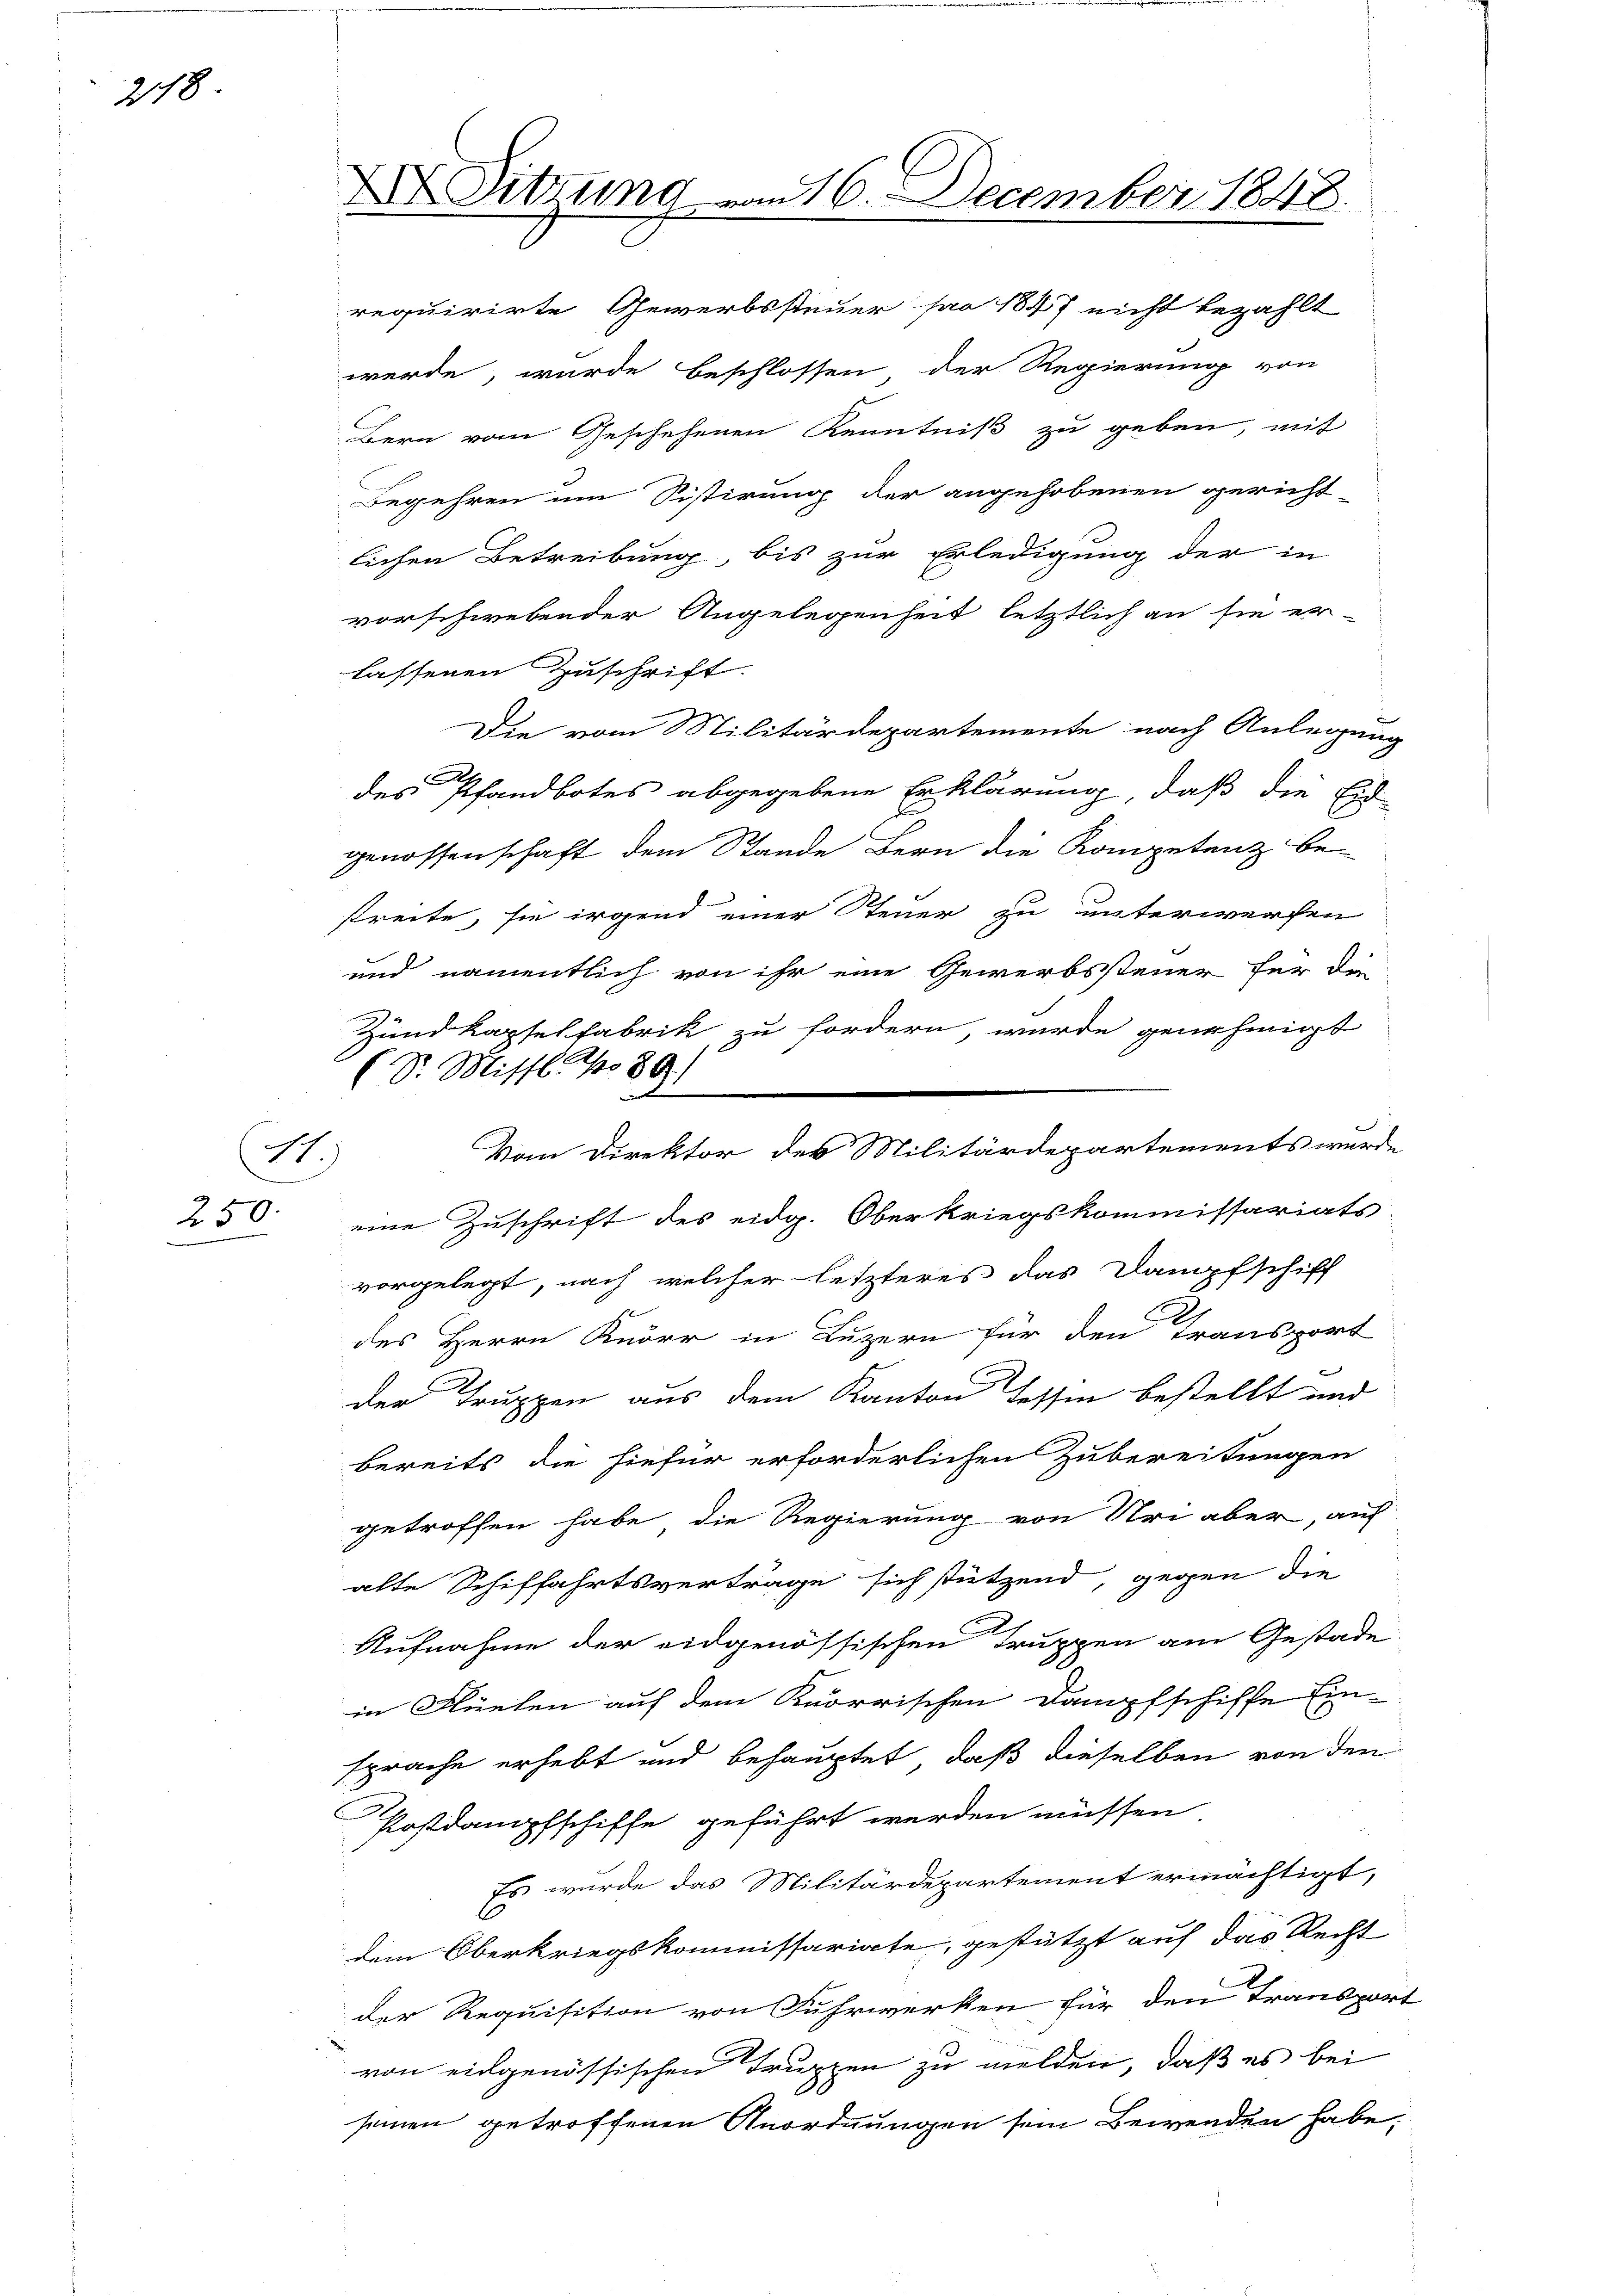
218

1.)
250

X Sitzung vom 16. December 1848.

requirirte Gewerbssteuer pro 1847 nicht bezahlt
werde, wurde beschlossen der Regierung von
Bern vom Geschehenen Kenntniß zu geben, mit
Begehren um Sistirung der angehobenen gericht-
lichen Betreibung, bis zur Erledigung der in
vorschwebender Angelegenheit letztlich an sie er-
lassenen Zuschrift.
Die vom Militärdepartemente nach Anlegung
des Pfandbotes abgegebene Erklärung, daß die Eid
genossenschaft dem Stande Bern die Kompetenz be-
streite, sie irgend einer Steuer zu unterwerfen
und namentlich von ihr eine Gewerbssteuer für die
eine Zuschrift des eidg. Oberkriegskommissariats
vorgelegt, nach welcher letzteres das Dampfschiff
des Herrn Knorr in Luzern für den Transport
der Truppen aus dem Kanton Tessin bestellt und
bereits die hiefür erforderlichen Zubereitungen
getroffen habe, die Regierung von Uri aber, auf
alte Schiffahrtsvertrage sich stützend, gegen die
Aufnahme der eidgenössischen Truppen ane Gestade
in Flüelen auf dem Knorrischen Dampfschiffe Ein-
sprache erhebt und behauptet, daß dieselben von den
Postdampfschiffe geführt werden müssen
Es wurde das Militärdepartement ermächtigt,
dem Oberkriegskommissariate, gestützt auf das Recht
der Requisition von Fuhrwerken für den Transport
von eidgenössischen Truppen zu melden, daß es bei
seinen getroffenen Anordnungen sein Bewenden habe,

Zundkapselfabrik zu fordern wurde genehmigt
(S. Missl. No 89.)
Vom Direktor des Militärdepartements wurde